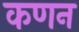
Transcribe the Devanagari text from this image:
कणन